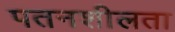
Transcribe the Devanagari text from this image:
पतनशीलता